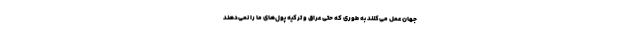
جهان عمل می‌کنند به طوری که حتی عراق و ترکیه پول‌های ما را نمی‌دهند